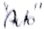
Text: "Auto"